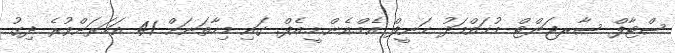
ސްޓާފް ސާރޖަންޓް މުޙައްމަދު ޙަނީފް އެމް.އެން.ޑީ.އެފް. ގައި މިހާތަނަށް 41 އަހަރަށްވުރެ ދިގު